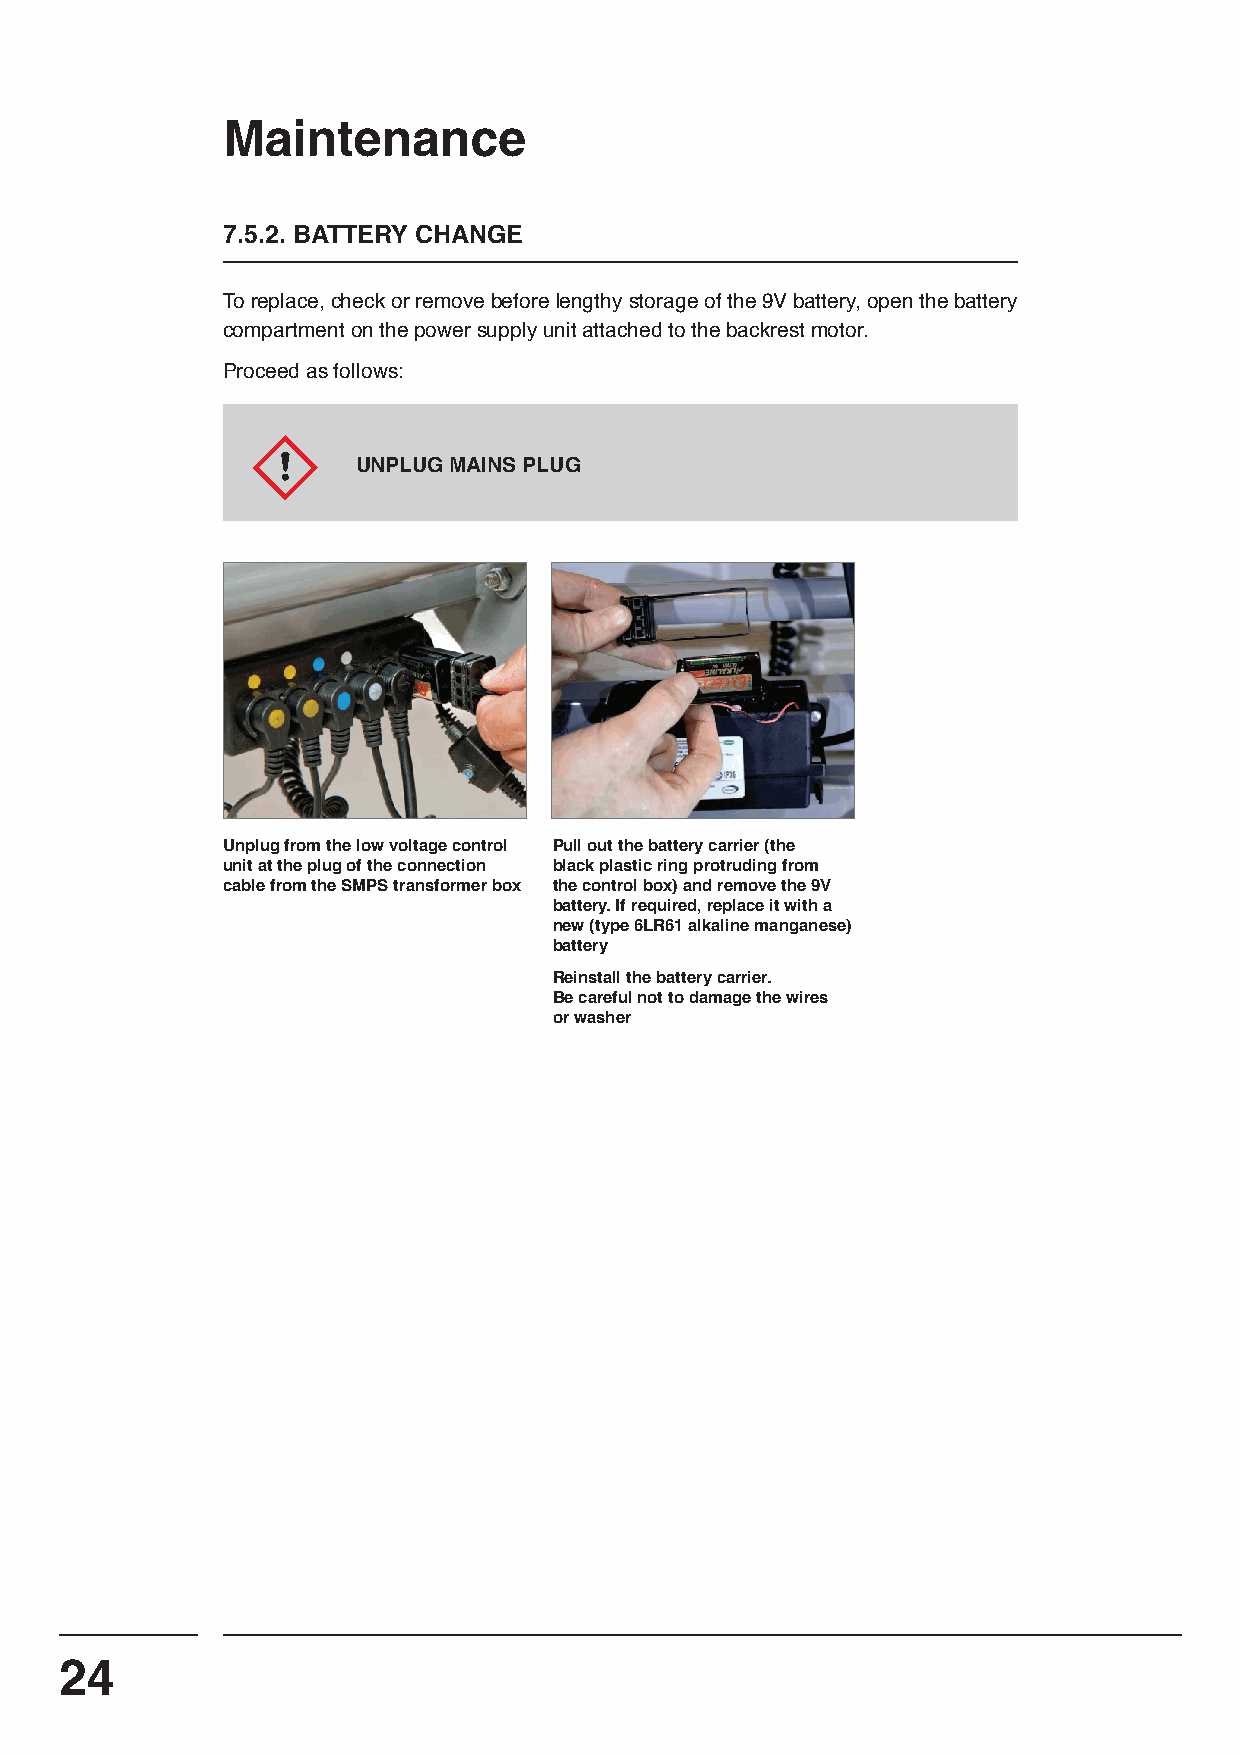
Maintenance
 7.5.2. BATTERY CHANGE
 To replace, check or remove before lengthy storage of the 9V battery, open the battery
 compartment on the power supply unit attached to the backrest motor.
 Proceed as follows:
 UNPLUG MAINS PLUG
 Unplug from the low voltage control Pull out the battery carrier (the
 unit at the plug of the connection black plastic ring protruding from
 cable from the SMPS transformer box the control box) and remove the 9V
 battery. If required, replace it with a
 new (type 6LR61 alkaline manganese)
 battery
 Reinstall the battery carrier.
 Be careful not to damage the wires
 or washer
 24